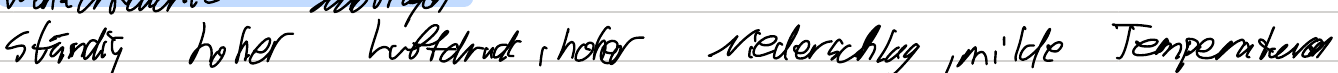
ständig hoher Luftdruck, hoher Niederschlag, milde Temperaturen